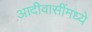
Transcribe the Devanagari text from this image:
आदीवासींमध्ये